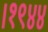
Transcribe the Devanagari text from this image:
।१९४४